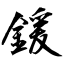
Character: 鍰